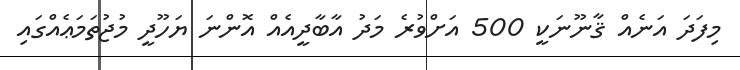
މިފަދަ އަނެއް ޤާނޫނަކީ 500 އަށްވުރެ މަދު އާބާދީއެއް އޮންނަ ޔަހޫދީ މުޖުތަމަޢެއްގައި